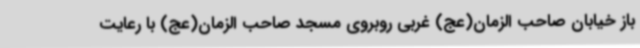
باز خیابان صاحب الزمان(عج) غربی روبروی مسجد صاحب الزمان(عج) با رعایت